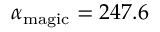
\alpha _ { \mathrm { m a g i c } } = 2 4 7 . 6